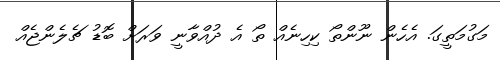
މަގުމަތީގަ. އެހެން ނޫންތޯ ކިހިނެއް ތޯ އެ ދުއްވާނީ ވަރަށް ބޮޑު ޗެލެންޖެއް